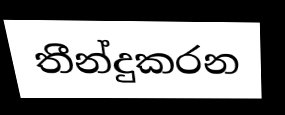
තීන්දුකරන